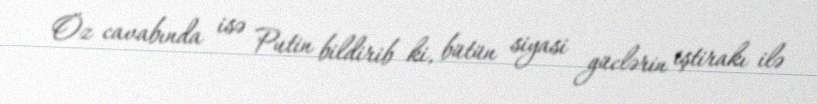
Öz cavabında isə Putin bildirib ki, bütün siyasi güclərin iştirakı ilə